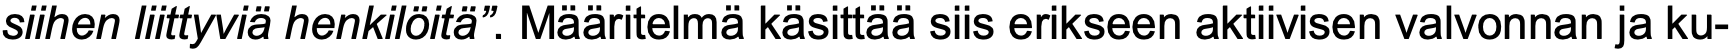
siihen liittyviä henkilöitä”. Määritelmä käsittää siis erikseen aktiivisen valvonnan ja ku-